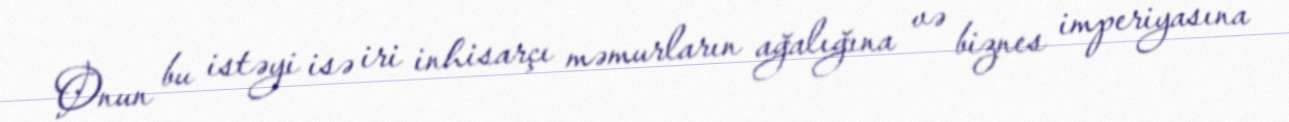
Onun bu istəyi isə iri inhisarçı məmurların ağalığına və biznes imperiyasına